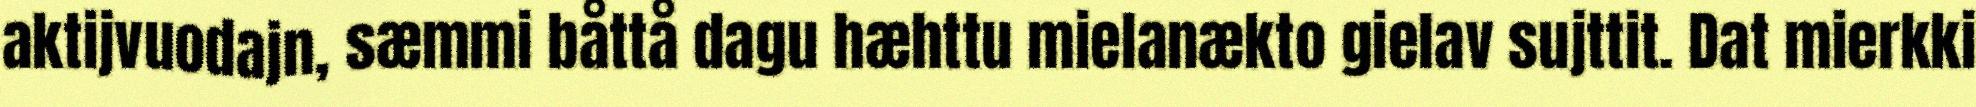
aktijvuodajn, sæmmi båttå dagu hæhttu mielanækto gielav sujttit. Dat mierkki